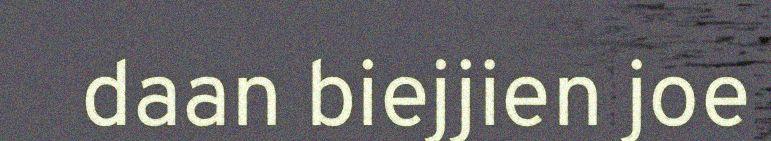
daan biejjien joe